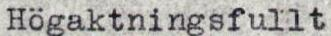
Högaktningsfullt